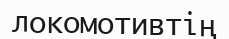
локомотивтің